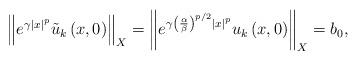
LaTeX: \begin{align*}\left\Vert e^{\gamma \left\vert x\right\vert ^{p}}\tilde{u}_{k}\left(x,0\right) \right\Vert _{X}=\left\Vert e^{\gamma \left( \frac{\alpha }{\beta }\right) ^{p/2}\left\vert x\right\vert ^{p}}u_{k}\left( x,0\right)\right\Vert _{X}=b_{0}, \end{align*}